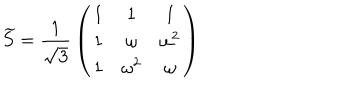
\widetilde { S } = { \frac { 1 } { \sqrt { 3 } } } \left( \begin{matrix} { { 1 } } & { { 1 } } & { { 1 } } \\ { { 1 } } & { { \omega } } & { { \omega ^ { 2 } } } \\ { { 1 } } & { { \omega ^ { 2 } } } & { { \omega } } \\ \end{matrix} \right)